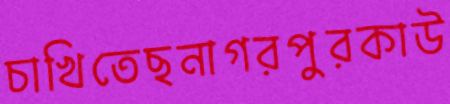
চাখিতেছনাগরপুরকাউ